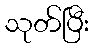
သုတ်ပြီး